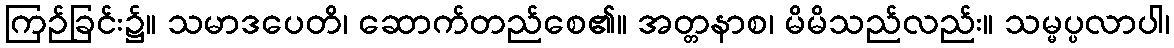
ကြဉ်ခြင်း၌။ သမာဒပေတိ၊ ဆောက်တည်စေ၏။ အတ္တနာစ၊ မိမိသည်လည်း။ သမ္မပ္ပလာပါ၊